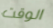
الوقت